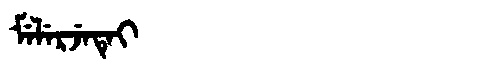
Manchu: ᠮᡝᠯᡝᡵᠵᡝᡨᡝᡳ
Romanization: MELERJETEI